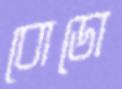
বোডো